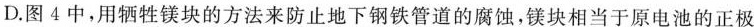
D.图4中，用牺牲镁块的方法来防止地下钢铁管道的腐蚀，镁块相当于原电池的正极